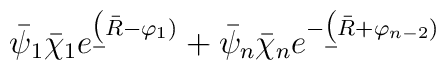
\bar \psi_1\bar \chi_1 e^{\b (\bar R -\varphi_1)} + \bar \psi_n\bar \chi_n e^{-\b (\bar R +\varphi_{n-2})}